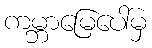
ကမ္ဘာမြေပေါ်မှ